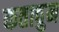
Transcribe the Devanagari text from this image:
कताबुन